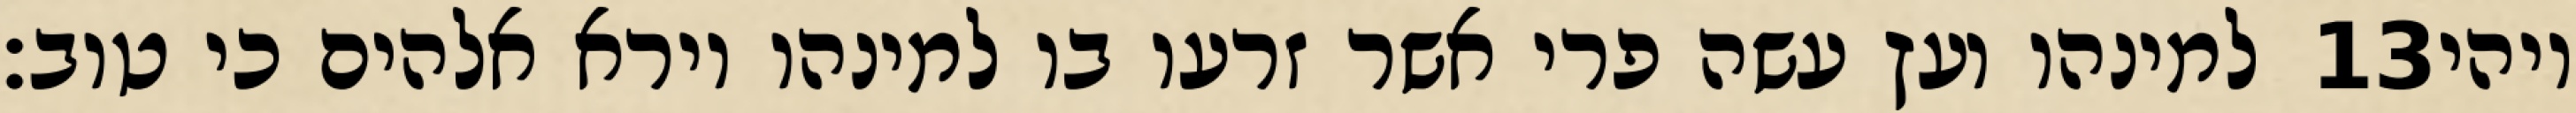
למינהו ועץ עשה פרי אשר זרעו בו למינהו וירא אלהים כי טוב׃ ‎13‏ ויהי